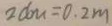
2 d m = 0 . 2 m